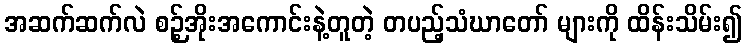
အဆက်ဆက်လဲ စဉ့်အိုးအကောင်းနဲ့တူတဲ့ တပည့်သံဃာတော် များကို ထိန်းသိမ်း၍